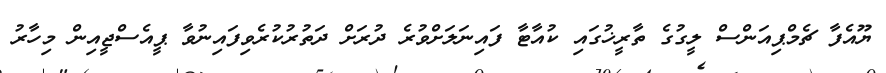
ޔޫއެފާ ޗެމްޕިއަންސް ލީގުގެ ތާރީޚުގައި ކުއާޓާ ފައިނަލަށްވުރެ ދުރަށް ދަތުރުކުރެވިފައިނުވާ ޕީއެސްޖީއިން މިހާރު